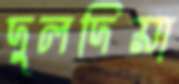
দুলদিয়া